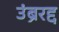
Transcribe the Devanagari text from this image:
उंब्ररद्द